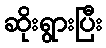
ဆိုးရွားပြီး